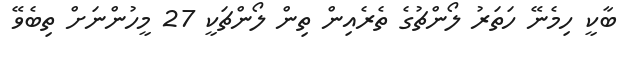
ބާކީ ހިމެނޭ ހަތަރު ލޯންޗުގެ ތެރެއިން ތިން ލޯންޗަކީ 27 މީހުންނަށް ތިބެވޭ